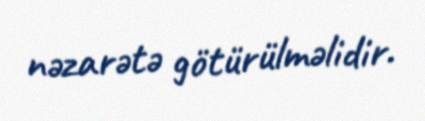
nəzarətə götürülməlidir.